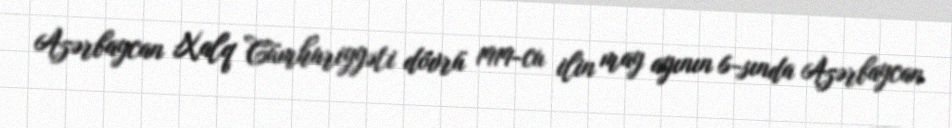
Azərbaycan Xalq Cümhuriyyəti dövrü 1919-cu ilin may ayının 6-sında Azərbaycan